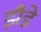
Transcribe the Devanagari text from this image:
झँडे